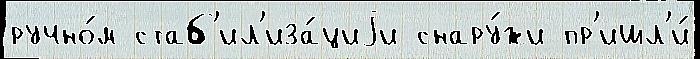
ручно́м стаб'ил'иза́циjи снару́жи пр'ишл'и́